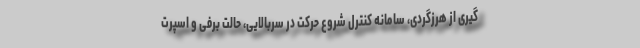
گیری از هرزگردی، سامانه کنترل شروع حرکت در سربالایی، حالت برفی و اسپرت